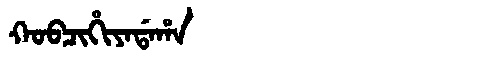
Manchu: ᡴᠣᠪᠴᡳᡥᡳᠶᠠᡩᠠᡥᠠ
Romanization: KOBCIHIYADAHA